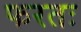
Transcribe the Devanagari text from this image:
फरतः